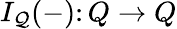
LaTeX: I_{\mathcal{Q}}(-)\colon Q\to Q